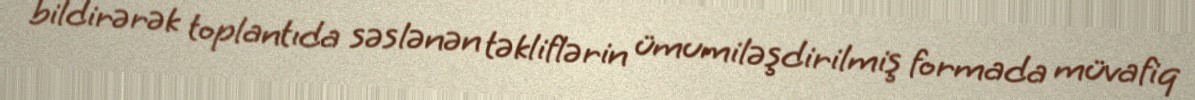
bildirərək toplantıda səslənən təkliflərin ümumiləşdirilmiş formada müvafiq